Report on vaccination in Madras 1904-1921 - 1904-1921
Year: 1904
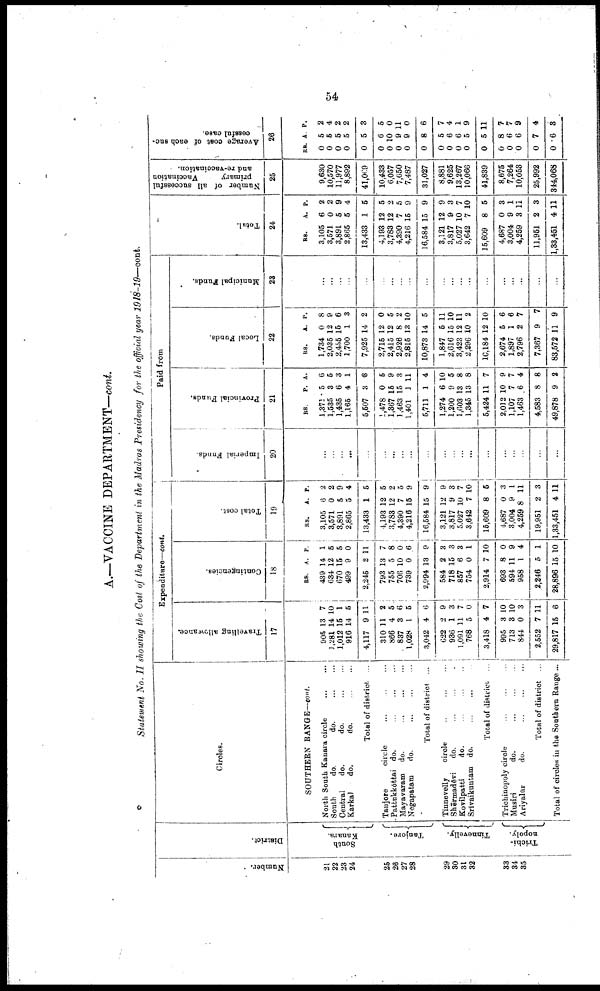
54
A.—VACCINE DEPARTMENT—cont.
Statement No. II showing the Cost of the Department in the Madras Presidency for the official year 1918-19—cont.
Number.
21
22
23
24
25
26
27
28
29
30
31
32
33
34
35
District.
South
Kanara.
Tanjore.
Tinnevelly.
Trichi-
nopoly.
Circles.
SOUTHERN RANGE—cont.
North South Kanara circle
...
...
South
do.
do.
...
...
Central
do.
do.
...
...
Karkal
do.
do.
...
...
Total of district ...
Tanjore
circle
...
...
...
Pattukkōttai do.
...
...
...
Mayavaram do.
...
...
...
Negapatam
do.
...
...
...
Total of district ...
Tinnevelly
circle
...
...
...
Shērmadēvi
do. ... ... ...
Kovilpatti
do. ... ... ...
Srīvaikuntam do. ... ... ...
Total of district ...
Trichinopoly circle
...
...
...
Musiri
do.
...
...
...
Ariyalūr
do.
...
...
...
Total of district ...
Total of circles in the Southern Range ...
Expenditure—cont.
Travelling allowance.
17
905
1,281
1,012
916
4,117
310
866
837
1,028
3,042
622
936
1,091
768
3,418
995
713
844
2,552
29,817
13
14
15
14
9
11
4
3
1
4
2
1
11
5
4
3
3
0
7
15
7
10
1
5
11
2
5
6
5
6
9
3
7
0
7
10
10
3
11
6
Contingencies.
18
RS.
439
634
670
499
2,245
793
755
706
739
2,994
584
718
857
754
2,914
693
594
958
2,246
28,896
A.
14
12
15
9
2
13
5
10
0
13
2
15
6
0
7
8
11
1
5
15
P.
1
5
5
0
11
7
8
0
6
9
3
3
3
1
10
0
9
4
1
10
Total cost.
19
RS.
3,105
3,571
3,891
2,865
13,433
4,193
3,783
4,390
4,216
16,584
3,121
3,817
5,027
3,642
15,609
4,687
3,004
4,259
19,951
1,33,451
A.
6
0
5
5
1
12
12
7
15
15
12
9
10
7
8
0
9
8
2
4
P.
2
2
9
4
5
5
2
5
9
9
9
3
7
10
5
3
1
11
3
11
Paid from
Imperial Funds.
20
...
...
...
...
...
...
...
...
...
...
...
...
...
...
...
...
...
...
...
...
Provincial Funds.
21
RS.
1,371
1,535
1,435
1,165
5,507
1,478
1,367
1,463
1,401
5,711
1,274
1,200
1,603
1,345
5,424
2,012
1,107
1,463
4,583
49,878
P.
5
3
6
4
3
0
15
15
1
1
6
9
13
13
11
10
7
6
8
9
A.
6
5
3
1
3
5
9
3
11
4
10
5
8
8
7
9
7
4
8
2
Local Funds.
22
RS.
1,734
2,035
2,455
1,700
7,925
2,715
2,415
2,926
2,815
10,873
1,847
2,616
3,423
2,296
10,184
2,674
1,897
2,796
7,367
83,572
A.
0
12
15
1
14
12
12
8
13
14
6
15
12
10
12
5
1
2
9
11
P.
8
9
6
3
2
0
5
2
10
5
11
10
11
2
10
6
6
7
7
9
Municipal Funds.
23
...
...
...
...
...
...
...
...
...
...
...
...
...
...
...
...
...
...
...
...
Total.
24
RS.
3,105
3,571
3,891
2,865
13,433
4,193
3,783
4,390
4,216
16,584
3,121
3,817
5,027
3,642
15,609
4,687
3,004
4,259
11,951
1,33,451
A.
6
0
5
5
1
12
12
7
15
15
12
9
10
7
8
0
9
3
2
4
P.
2
2
9
4
5
5
2 5
9
9
9
3
7
10
5
3
1
11
3
11
Number of all successful
primary
Vaccination
and re-vaccination.
25
9,630
10,570
11,977
8,892
41,009
10,433
6,057
7,050
7,487
31,027
8,881
9,625
13,267
10,066
41,839
8,675
7,264
10,053
25,992
344,068
Average cost of each suc
cessful case.
26
RS.
0
0
0
0
0
0
0
0
0
0
0
0
0
0
0
0
0
0
0
0
A.
5
5
5
5
5
6
10
9
9
8
5
6
6
5
5
8
6
6
7
6
P.
2
4
2
2
3
5
0
11
0
6
7
4
1
9
11
7
7
9
4
3